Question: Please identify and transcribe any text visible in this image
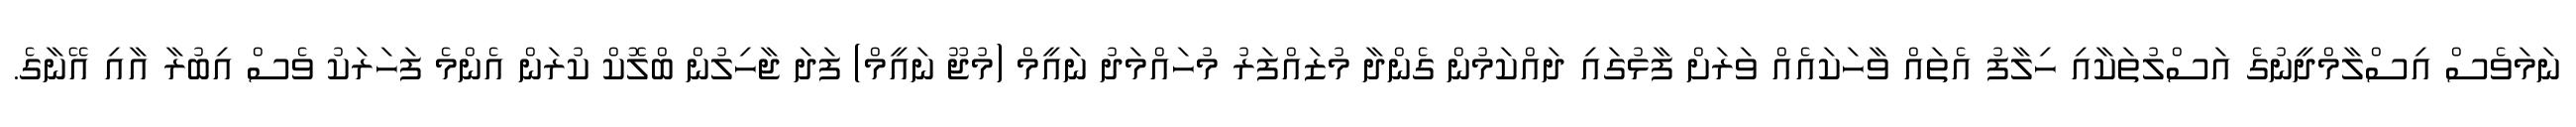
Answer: ނަމަވެސް އިސްލާމްދީނުގެ އަސްލުތަކާއި ހިލާފު އެތައް ވާހަކައެއް ވަރަށް ފާޅުގައި ދައްކަމުން ގެންދާ މުޒައްފަރު މުހައްމަދު ނައީމް (މުޖޫ ނައީމް) ފަދަ ޖާހިލުން ބްލޮކް ކުރަން އެންމެ ފަހަރަކު ވެސް އިބުރާ އާއި އޭނާގެ.